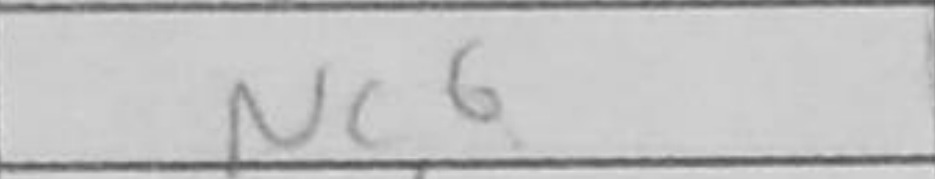
Transcription: Nc6